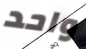
واحد